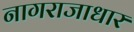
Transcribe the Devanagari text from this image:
नागराजाधार